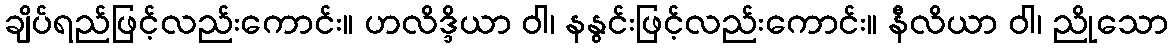
ချိပ်ရည်ဖြင့်လည်းကောင်း။ ဟလိဒ္ဒိယာ ဝါ၊ နနွင်းဖြင့်လည်းကောင်း။ နီလိယာ ဝါ၊ ညိုသော